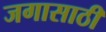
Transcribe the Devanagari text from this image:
जगासाठी